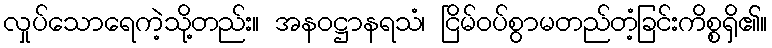
လှုပ်သောရေကဲ့သို့တည်း။ အနဝဋ္ဌာနရသံ၊ ငြိမ်ဝပ်စွာမတည်တံ့ခြင်းကိစ္စရှိ၏။